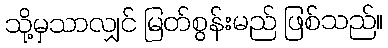
သို့မှသာလျှင် မြတ်စွန်းမည် ဖြစ်သည်။